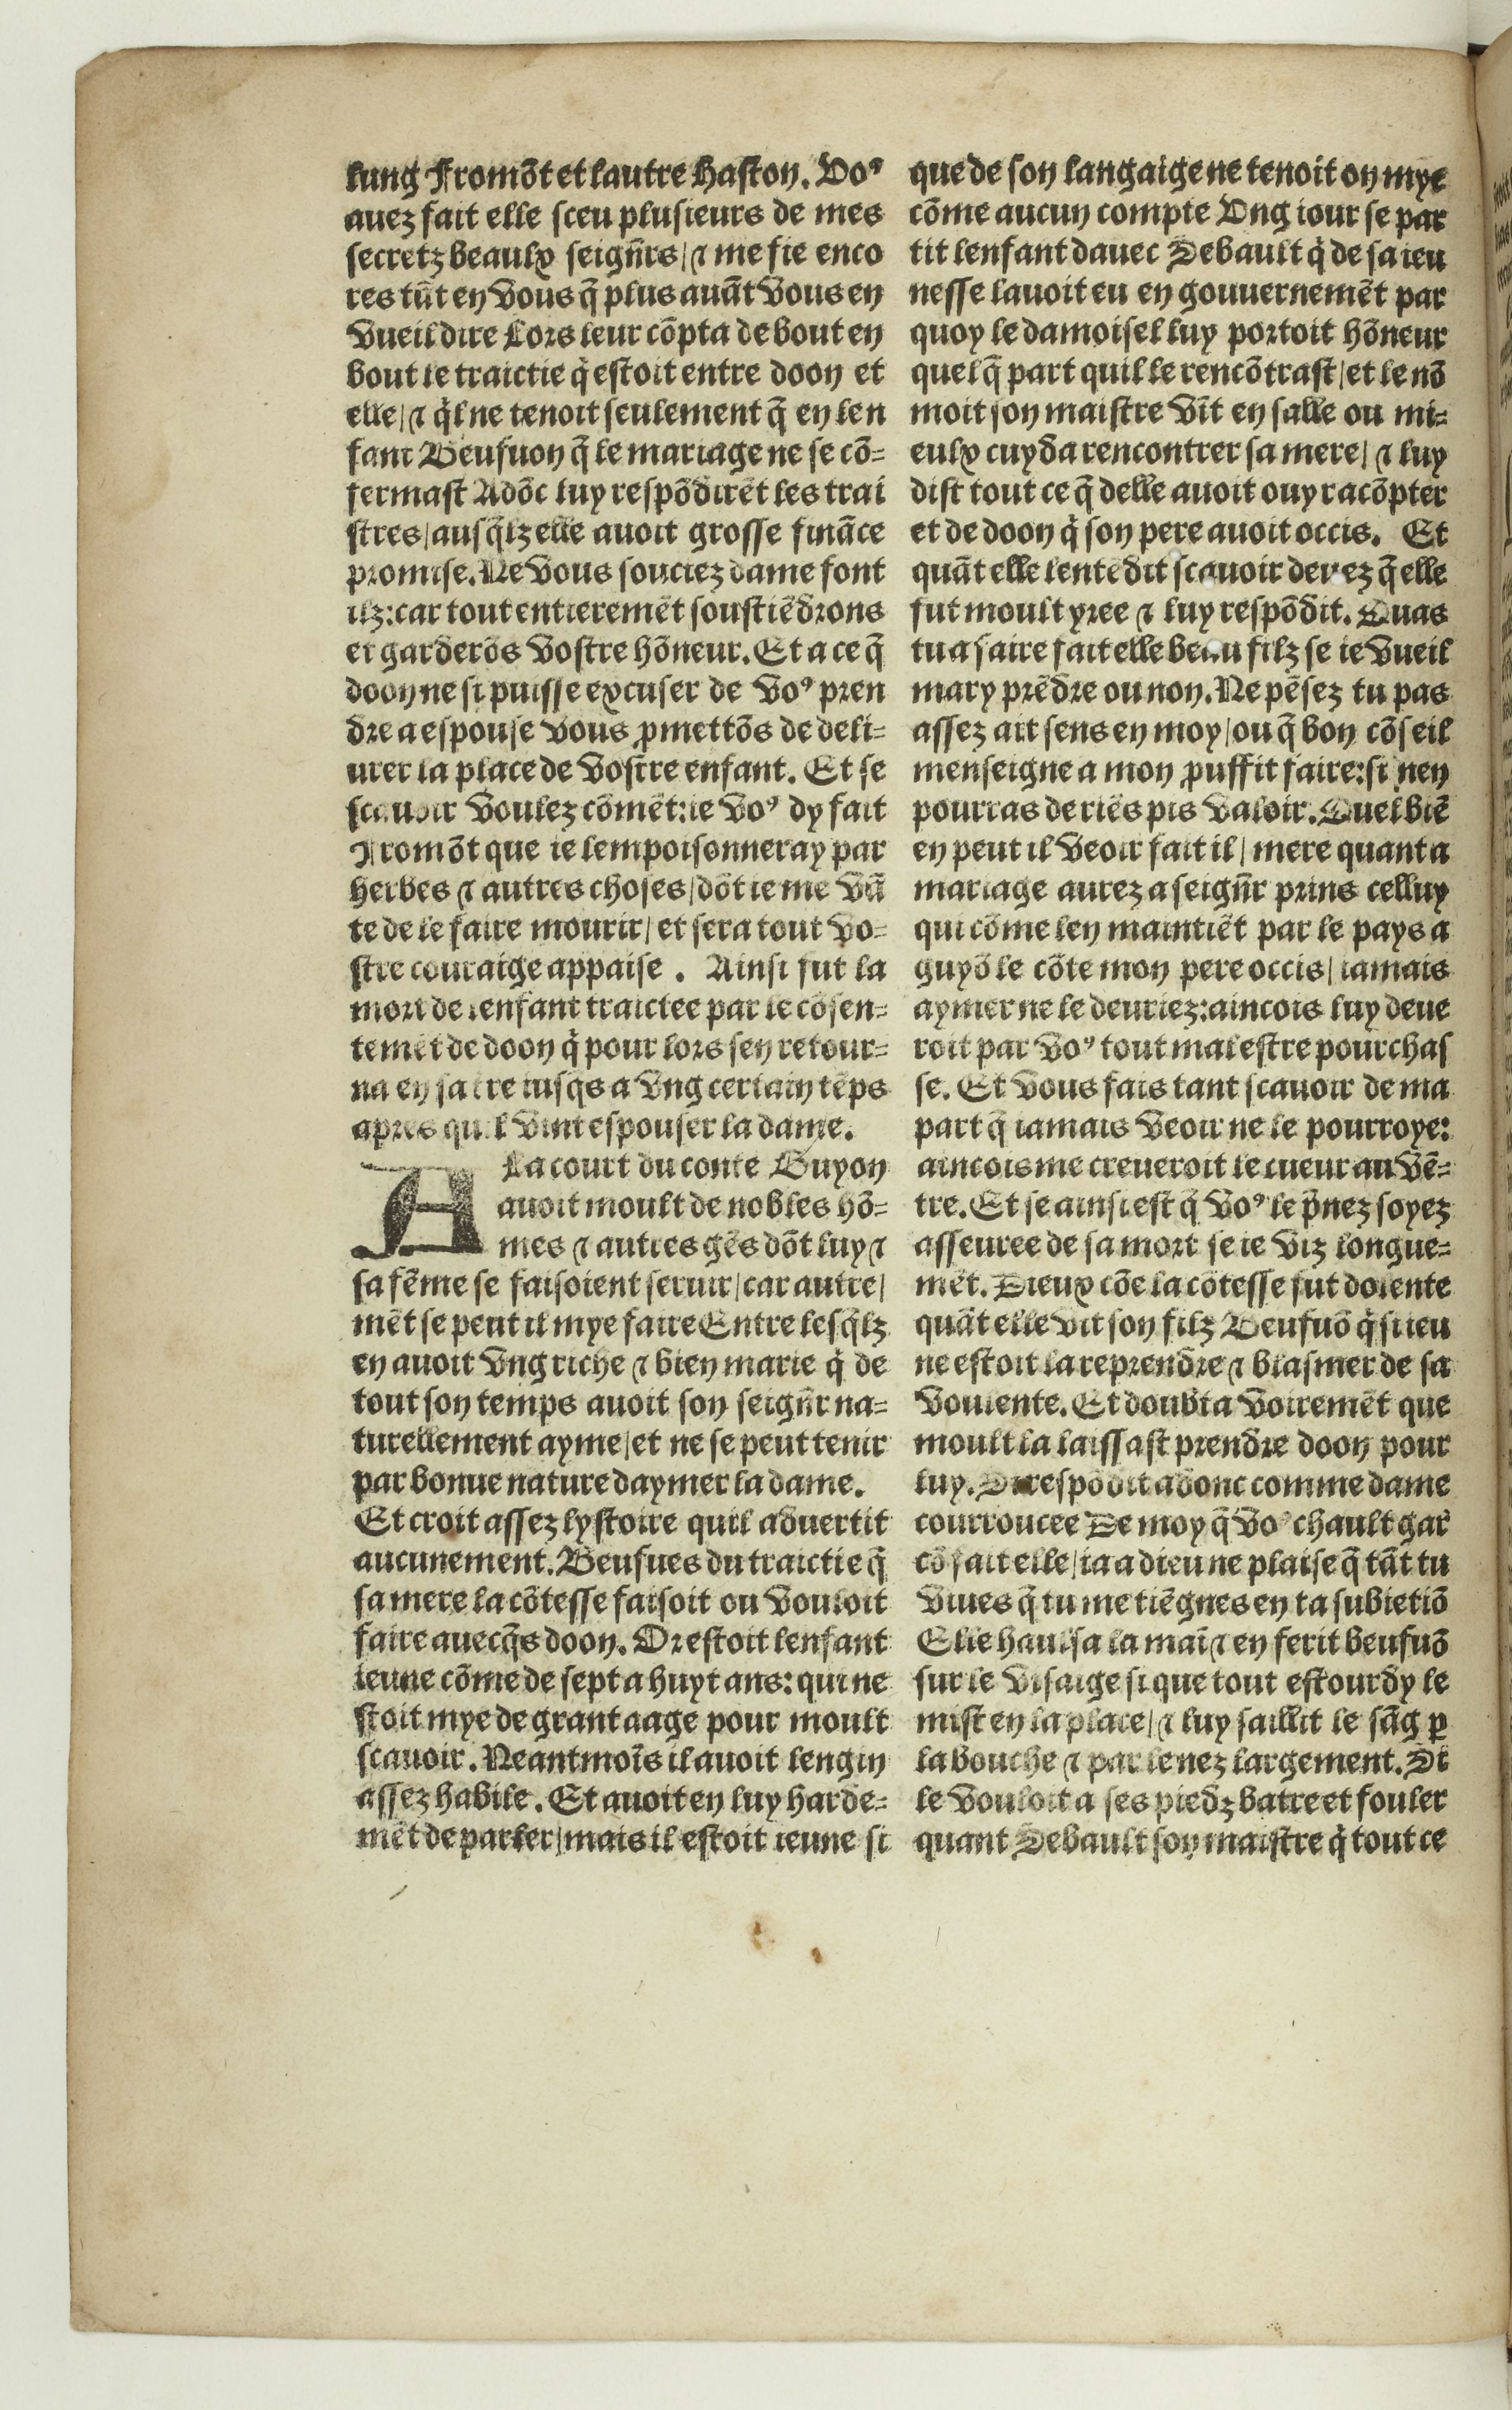
Shelfmark: Paris, BnF, Rés. Y2-674
Century: 16